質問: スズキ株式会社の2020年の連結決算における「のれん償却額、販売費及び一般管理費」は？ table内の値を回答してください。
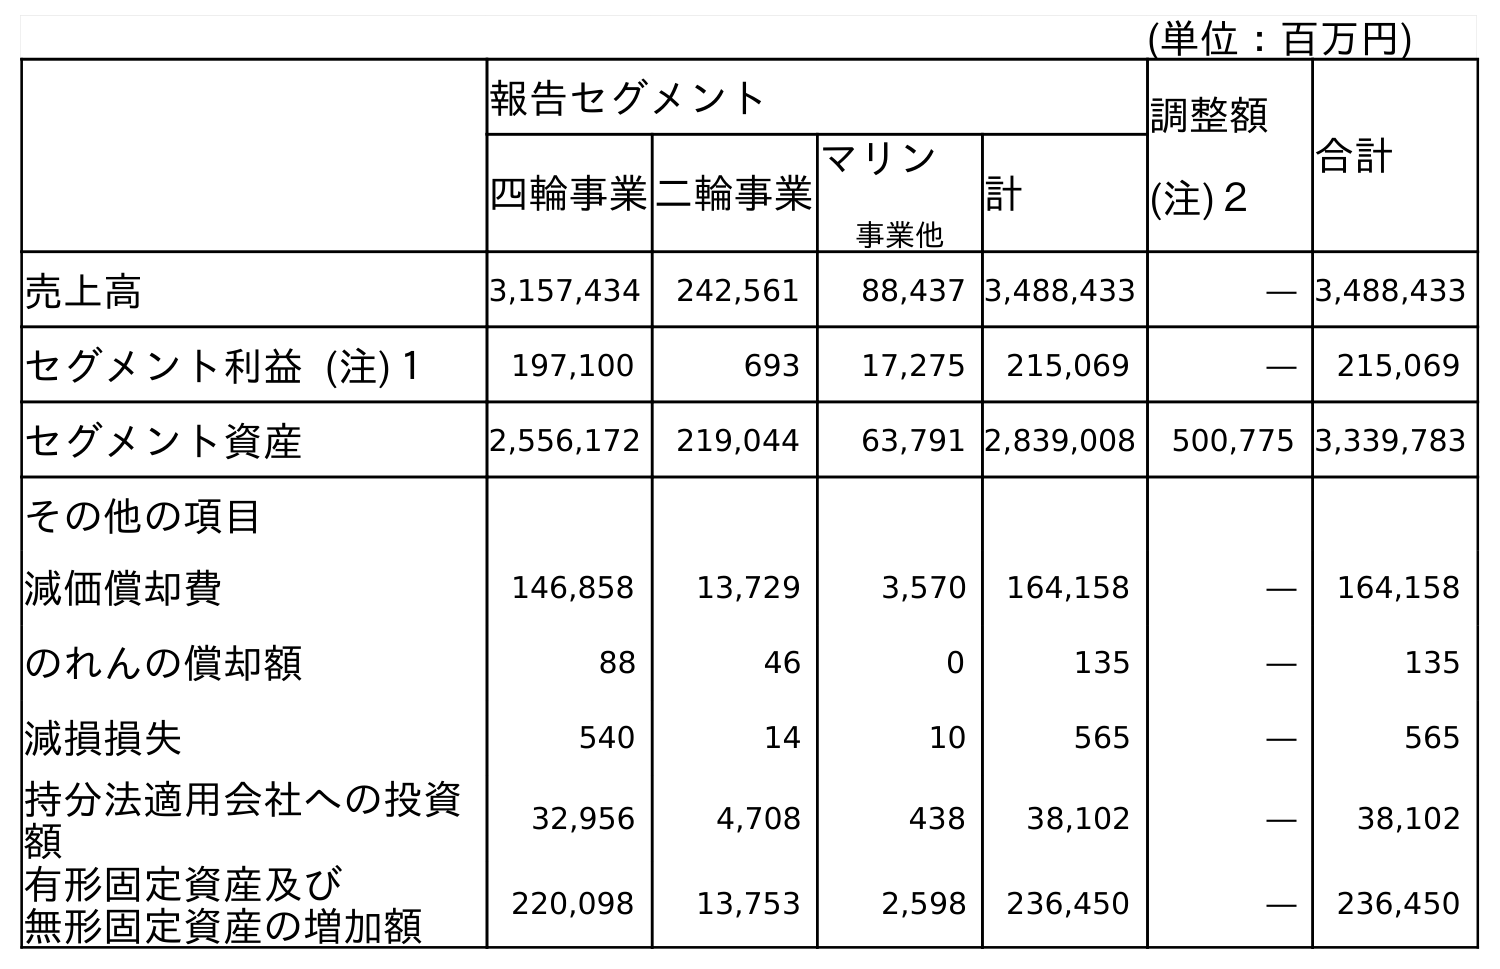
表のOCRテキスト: (単位：百万円) 報告セグメント 調整額 (注)２ 合計 四輪事業二輪事業 マリン 事業他 計 売上高 3,157,434 242,561 88,437 3,488,433 ― 3,488,433 セグメント利益 (注)１ 197,100 693 17,275 215,069 ― 215,069 セグメント資産 2,556,172 219,044 63,791 2,839,008 500,775 3,339,783 その他の項目 減価償却費 146,858 13,729 3,570 164,158 ― 164,158 のれんの償却額 88 46 0 135 ― 135 減損損失 540 14 10 565 ― 565 持分法適用会社への投資 額 32,956 4,708 438 38,102 ― 38,102 有形固定資産及び 無形固定資産の増加額 220,098 13,753 2,598 236,450 ― 236,450
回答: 135